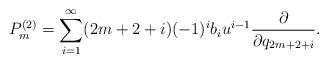
LaTeX: \begin{align*}P_m^{(2)}=\sum_{i=1}^{\infty}(2m+2+i)(-1)^ib_{i}u^{i-1}\frac{\partial}{\partial q_{2m+2+i}}.\end{align*}